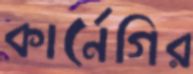
কার্নেগির